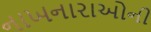
નાખનારાઓની